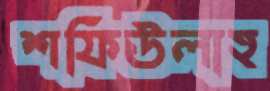
শফিউলাহ